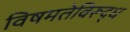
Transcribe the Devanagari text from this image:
विषमतेविरूद्ध